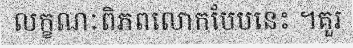
លក្ខណៈពិភពលោកបែបនេះ ។គួរ